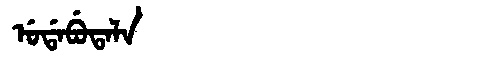
Manchu: ᡠᡩᠠᠪᡠᡨᠠᠯᠠ
Romanization: UDABUTALA